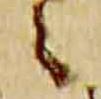
々